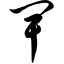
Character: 卑